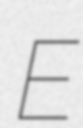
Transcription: E